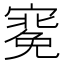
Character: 𭔑